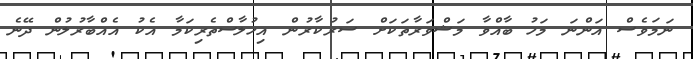
ނަމަވެސް އަންނަ މަހު ބާއްވާ މަޝްވަރާތަކަށް ސަރުކާރުން އިހުލާސްތެރިކަމާ އެކު އެއްބާރުލުން ދޭނެ